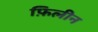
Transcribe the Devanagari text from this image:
फ़िलीन